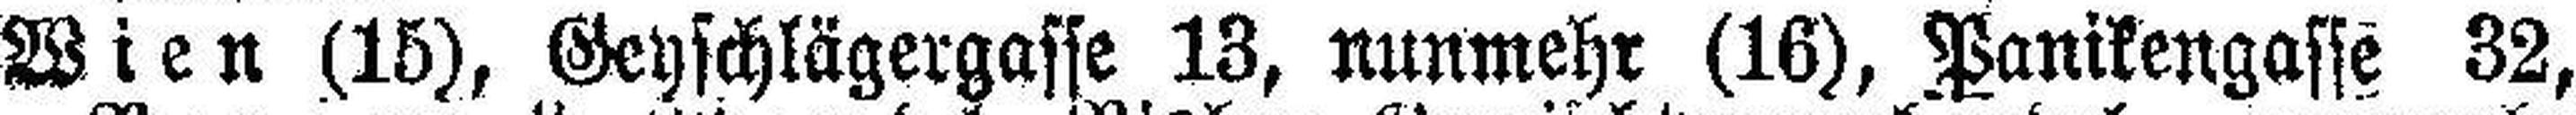
Wien (15), Geyschlägergasse 13, nunmehr (16), Panikengasse 32,